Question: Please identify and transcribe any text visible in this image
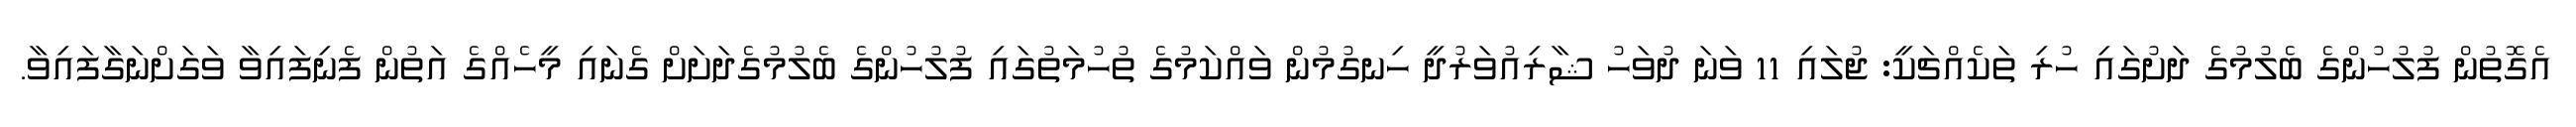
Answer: އެގޮތުން ފުލުހުންގެ ބެލުމުގެ ދަށުގައި ހުރި ތަކެއްޗަކީ: ޖުލައި 11 ވަނަ ދުވަހު ޝާރިއުވަރުދީ ހިނގުމުން ވައްކަމުގެ ތުހުމަތުގައި ފުލުހުންގެ ބެލުމުގެދަށަށް ގެނައި މީހެއްގެ އަތުން ފެނިފައިވާ ވަގަށްނަގާފައިވާ.